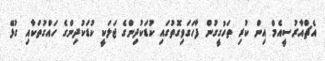
އެޗްއާރުސީއެމް އިން ކުރި ތަހުގީގުން ފާހަގަވިގޮތުގައި ކުޑަކުދިންގެ ޖަލަކީ ކުޑަކުދިންގެ ހައްގުތަކާއި ގުޅޭ